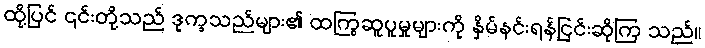
ထို့ပြင် ၎င်းတို့သည် ဒုက္ခသည်များ၏ ထကြွဆူပူမှုများကို နှိမ်နင်းရန်ငြင်းဆိုကြ သည်။